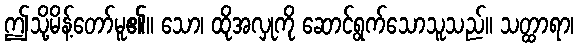
ဤသို့မိန့်တော်မူ၏။ သော၊ ထိုအလှုကို ဆောင်ရွက်သောသူသည်။ သတ္ထာရာ၊